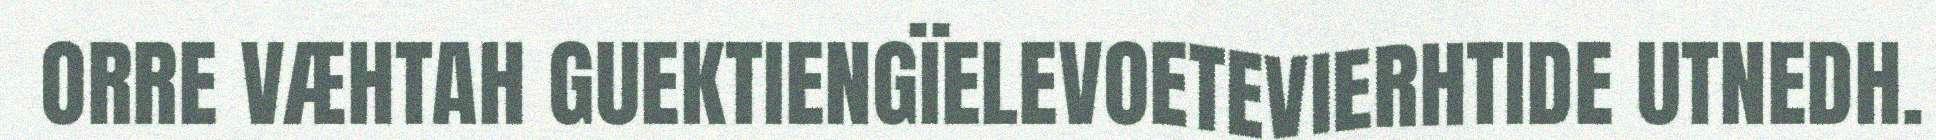
ORRE VÆHTAH GUEKTIENGÏELEVOETEVIERHTIDE UTNEDH.